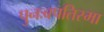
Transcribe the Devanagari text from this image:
पुनःबपतिस्मा